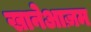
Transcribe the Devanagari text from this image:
खानेआज़म